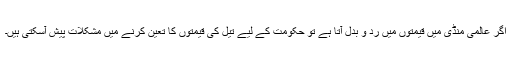
اگر عالمی منڈی میں قیمتوں میں رد و بدل آتا ہے تو حکومت کے لیے تیل کی قیمتوں کا تعین کرنے میں مشکلات پیش آسکتی ہیں۔